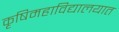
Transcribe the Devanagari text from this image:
कृषिमहाविद्यालयात